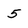
Character: 5